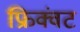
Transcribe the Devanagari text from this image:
फ्रिक्वंट